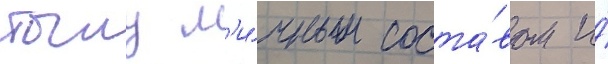
тылу л'и́чным соста́вом и́